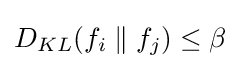
D_{KL}(f_{i}\parallel f_{j})\leq \beta